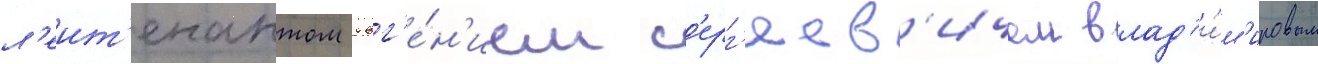
л'еит'енантом евг'е́н'ием с'ерг'еев'ичем влад'и́м'ировым